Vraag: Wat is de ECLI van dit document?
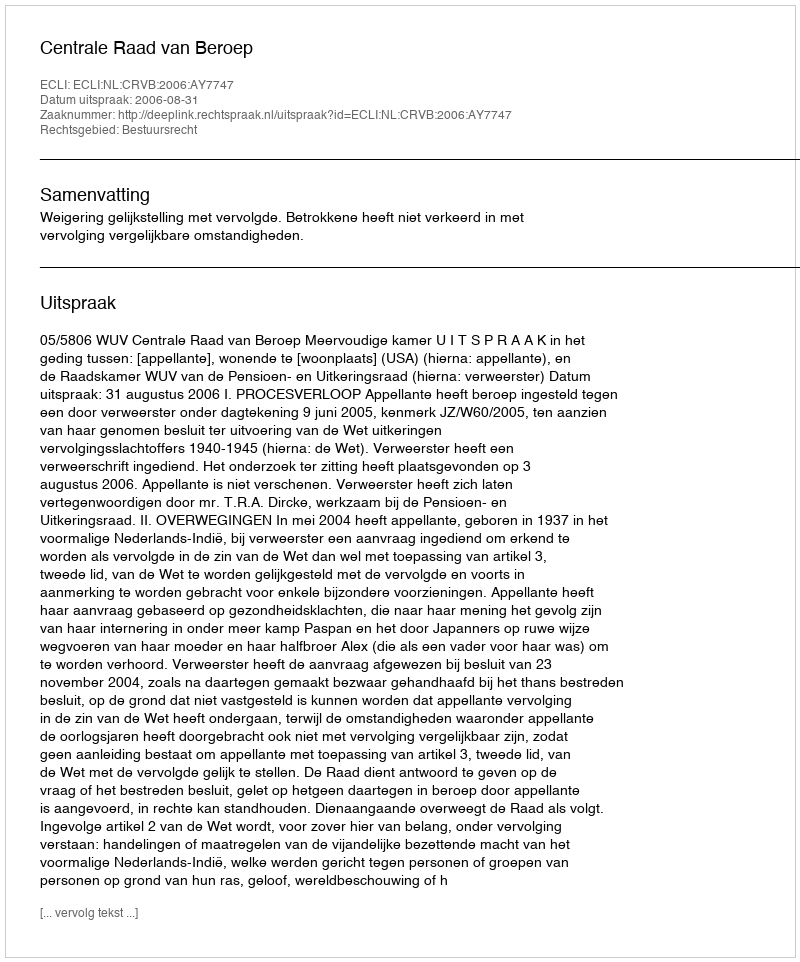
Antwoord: ECLI:NL:CRVB:2006:AY7747